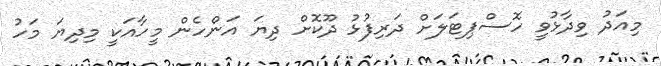
މިއަދު ވިދާޅުވީ ހޮސްޕިޓަލަށް ދަރިފުޅު ދޫކޮށް ދިޔަ އަންހެން މީހާއަކީ މިދިޔަ މަހު